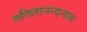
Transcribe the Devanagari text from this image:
ललितानन्दनाथ